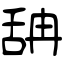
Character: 舑